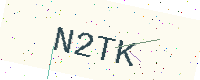
Text: N2TK